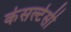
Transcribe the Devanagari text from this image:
कंसल्टेसी